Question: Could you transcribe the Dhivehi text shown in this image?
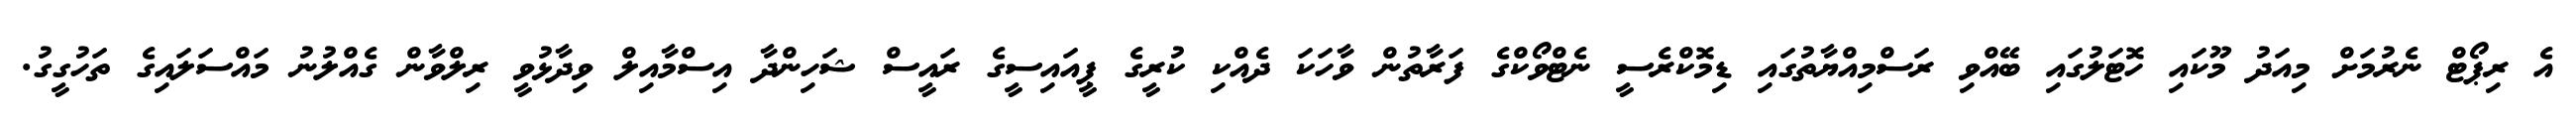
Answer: އެ ރިޕޯޓް ނެރުމަށް މިއަދު މޫކައި ހޮޓަލުގައި ބޭއްވި ރަސްމިއްޔާތުގައި ޑިމޮކްރެސީ ނެޓްވޯކްގެ ފަރާތުން ވާހަކަ ދެއްކި ކުރީގެ ޕީއައިސީގެ ރައީސް ޝަހިންދާ އިސްމާއިލް ވިދާޅުވީ ރިލްވާން ގެއްލުނު މައްސަލައިގެ ތަހުގީގު.